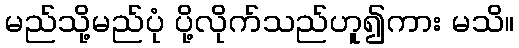
မည်သို့မည်ပုံ ပို့လိုက်သည်ဟူ၍ကား မသိ။